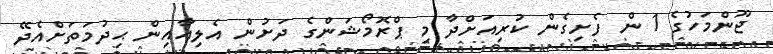
ޖޫންމަހުގެ 1 ން ފެށިގެން ކުރިއަށްދާ މި ޕްރޮމޯޝަންގެ ދަށުން އެލިއާއިން ޙިދުމަތަށްއެދޭ